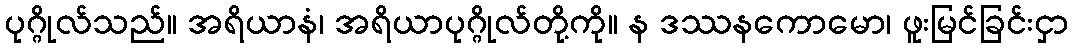
ပုဂ္ဂိုလ်သည်။ အရိယာနံ၊ အရိယာပုဂ္ဂိုလ်တို့ကို။ န ဒဿနကောမော၊ ဖူးမြင်ခြင်းငှာ